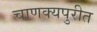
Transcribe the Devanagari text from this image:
चाणक्यपुरीत